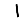
Digit: 1